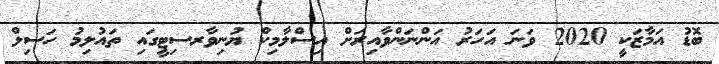
ބޮޑު އަމާޒަކީ 2020 ވަނަ އަހަރު އަންނަންވާއިރަށް އިސްލާމިކް ޔުނިވާރސިޓީގައި ތައުލިމު ހަސިލް